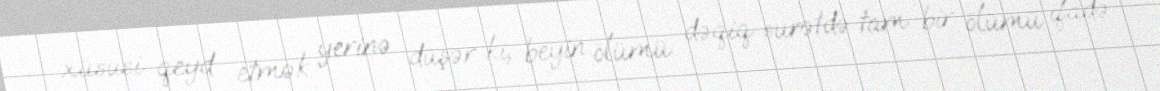
xüsusi qeyd etmək yerinə düşər ki, beyin ölümü dəqiq surətdə tam bir ölümü ifadə